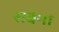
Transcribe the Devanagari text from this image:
सबेना